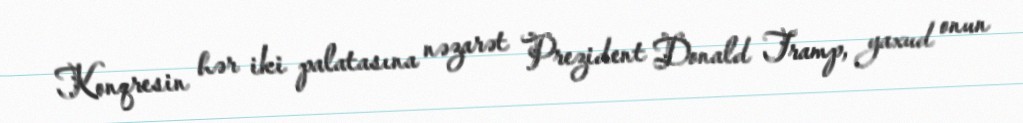
Konqresin hər iki palatasına nəzarət Prezident Donald Tramp, yaxud onun